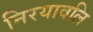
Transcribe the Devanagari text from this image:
निरयावलि